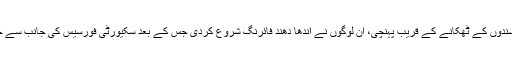
آفان پہنچنے پر جیسے ہی سکیورٹی فورسیس عسکریت پسندوں کے ٹھکانے کے قریب پہنچی، اُن لوگوں نے اندھا دھند فائرنگ شروع کردی جس کے بعد سکیورٹی فورسیس کی جانب سے جوابی فائرنگ کے دوران ایک عسکریت پسند ہلاک ہوگیا۔